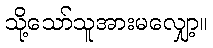
သို့သော်သူအားမလျှော့။